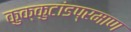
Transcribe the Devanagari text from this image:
कुक्कुटांडप्रमाण